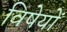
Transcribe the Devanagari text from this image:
विषेयों